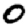
Digit: 0